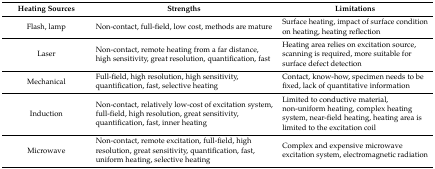
<table><thead><tr><td><b>Heating Sources</b></td><td><b>Strengths</b></td><td><b>Limitations</b></td></tr></thead><tbody><tr><td>Flash, lamp</td><td>Non-contact, full-field, low cost, methods are mature</td><td>Surface heating, impact of surface condition on heating, heating reflection</td></tr><tr><td>Laser</td><td>Non-contact, remote heating from a far distance, high sensitivity, great resolution, quantification, fast</td><td>Heating area relies on excitation source, scanning is required, more suitable for surface defect detection</td></tr><tr><td>Mechanical</td><td>Full-field, high resolution, high sensitivity, quantification, fast, selective heating</td><td>Contact, know-how, specimen needs to be fixed, lack of quantitative information</td></tr><tr><td>Induction</td><td>Non-contact, relatively low-cost of excitation system, full-field, high resolution, great sensitivity, quantification, fast, inner heating</td><td>Limited to conductive material, non-uniform heating, complex heating system, near-field heating, heating area is limited to the excitation coil</td></tr><tr><td>Microwave</td><td>Non-contact, remote excitation, full-field, high resolution, great sensitivity, quantification, fast, uniform heating, selective heating</td><td>Complex and expensive microwave excitation system, electromagnetic radiation</td></tr></tbody></table>